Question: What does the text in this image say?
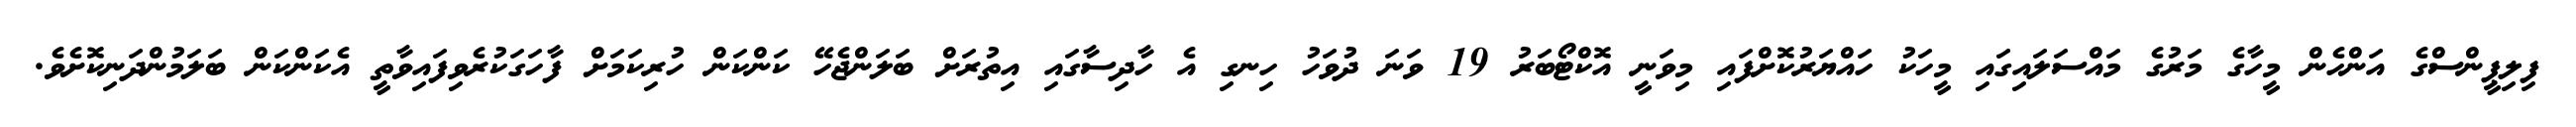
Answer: ފިލިޕީންސްގެ އަންހެން މީހާގެ މަރުގެ މައްސަލައިގައި މީހަކު ހައްޔަރުކޮށްފައި މިވަނީ އޮކްޓޯބަރު 19 ވަނަ ދުވަހު ހިނގި އެ ހާދިސާގައި އިތުރަށް ބަލަންޖެހޭ ކަންކަން ހުރިކަމަށް ފާހަގަކުރެވިފައިވާތީ އެކަންކަން ބަލަމުންދަނިކޮށެވެ.